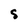
Character: S